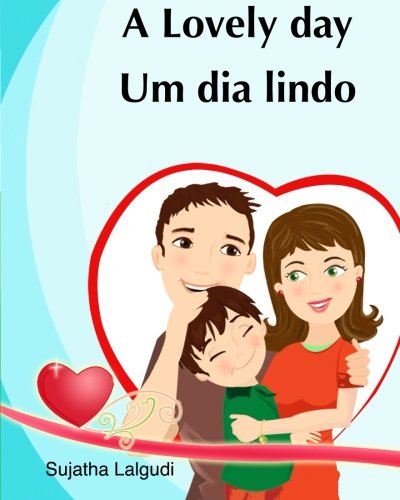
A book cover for Kids Valentine book: A Lovely day. Um dia lindo: Livros infantis. Portuguese kids book. (Bilingual Edition) English Portuguese Picture book for ... crianÃ§as) (Volume 14) (Portuguese Edition); Sujatha Lalgudi; Children's Books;